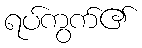
ရပ်ကွက်၏